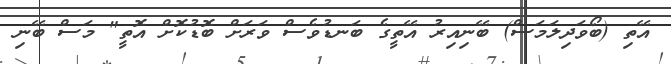
އޭތި (ބޯވަދިލަމަސް) ބޭނިއިރު އޭތީގެ ބަނޑުވެސް ވަރަށް ބޮޑުކޮށް އޮތީ" މަސް ބޭނި